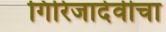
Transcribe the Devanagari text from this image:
गिरिजादेवीचा